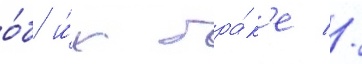
о́б и́х бра́к'е //